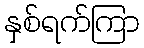
နှစ်ရက်ကြာ